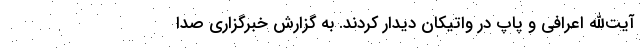
آیت‌الله اعرافی و پاپ در واتیکان دیدار کردند. به گزارش خبرگزاری صدا